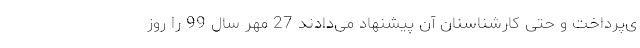
ی‌پرداخت و حتی کارشناسنان آن پیشنهاد می‌دادند 27 مهر سال 99 را روز